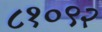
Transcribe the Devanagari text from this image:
८१०९२